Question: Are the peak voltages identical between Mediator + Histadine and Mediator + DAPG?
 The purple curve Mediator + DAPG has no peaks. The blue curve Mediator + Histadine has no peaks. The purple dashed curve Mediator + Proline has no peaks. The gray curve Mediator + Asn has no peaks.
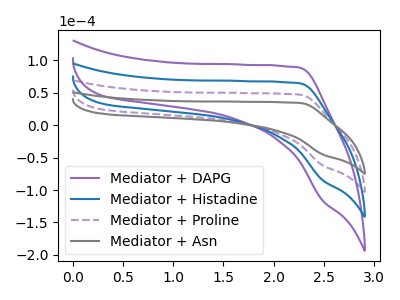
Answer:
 <answer>Niether CV has any peaks.</answer>
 <eval>blanks</eval>